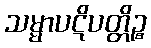
သမ္မာပဋိပတ္တိဉ္စ